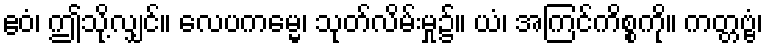
ဧဝံ၊ ဤသို့လျှင်။ လေပကမ္မေ၊ သုတ်လိမ်းမှု၌။ ယံ၊ အကြင်ကိစ္စကို။ ကတ္တဗ္ဗံ၊